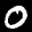
Label: 0